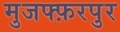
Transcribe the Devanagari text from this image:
मुजफ्फ़रपुर